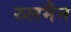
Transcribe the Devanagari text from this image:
रुलमैन